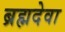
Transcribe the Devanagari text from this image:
ब्रह्मदेवा